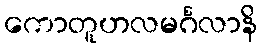
ကောတူဟလမင်္ဂလာနိ